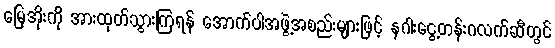
မြေအိုးကို အားထုတ်သွားကြရန် အောက်ပါအဖွဲ့အစည်းများဖြင့် နဂါးငွေ့တန်းဂလက်ဆီတွင်